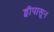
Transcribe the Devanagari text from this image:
द्वीपासून